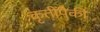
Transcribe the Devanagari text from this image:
कृतींपैकी